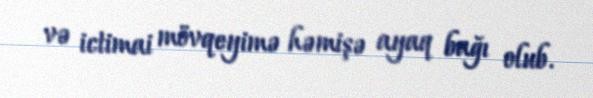
və ictimai mövqeyimə həmişə ayaq bağı olub.